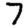
Digit: 7